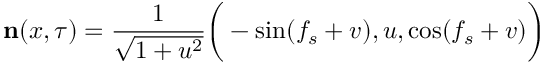
{ \bf n } ( x , \tau ) = \frac { 1 } { \sqrt { 1 + u ^ { 2 } } } \bigg ( - \sin ( f _ { s } + v ) , u , \cos ( f _ { s } + v ) \bigg )